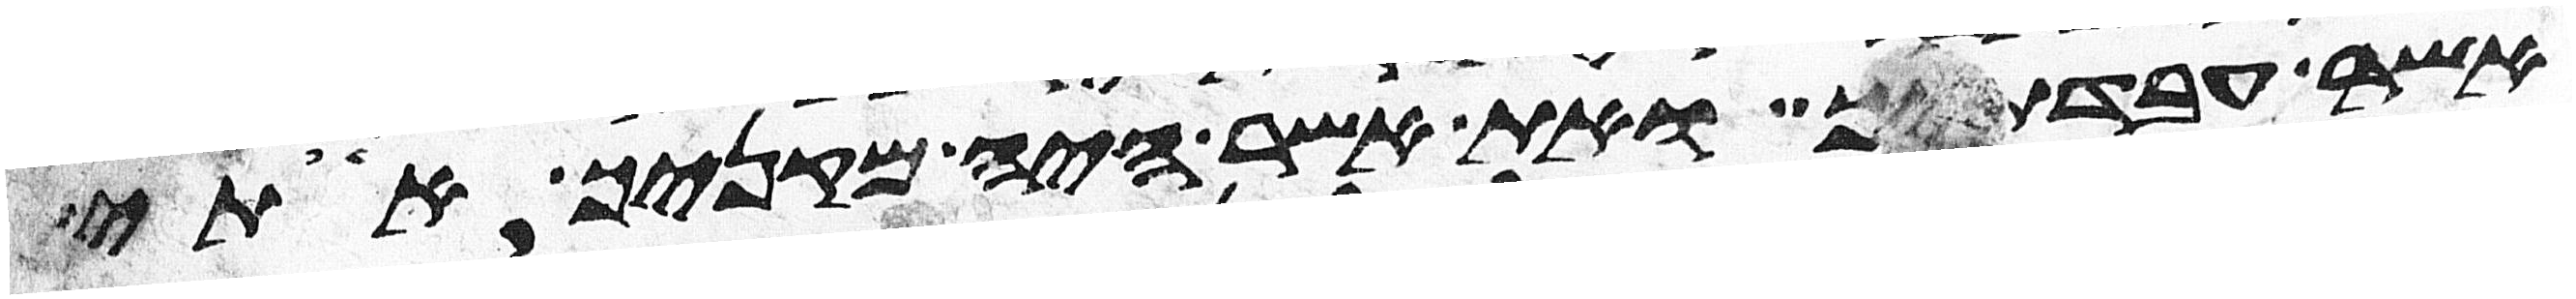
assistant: אשר עבדתיך ואת אשר היה מקניך אתי